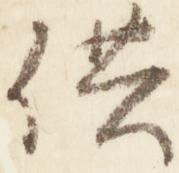
供